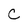
Character: C